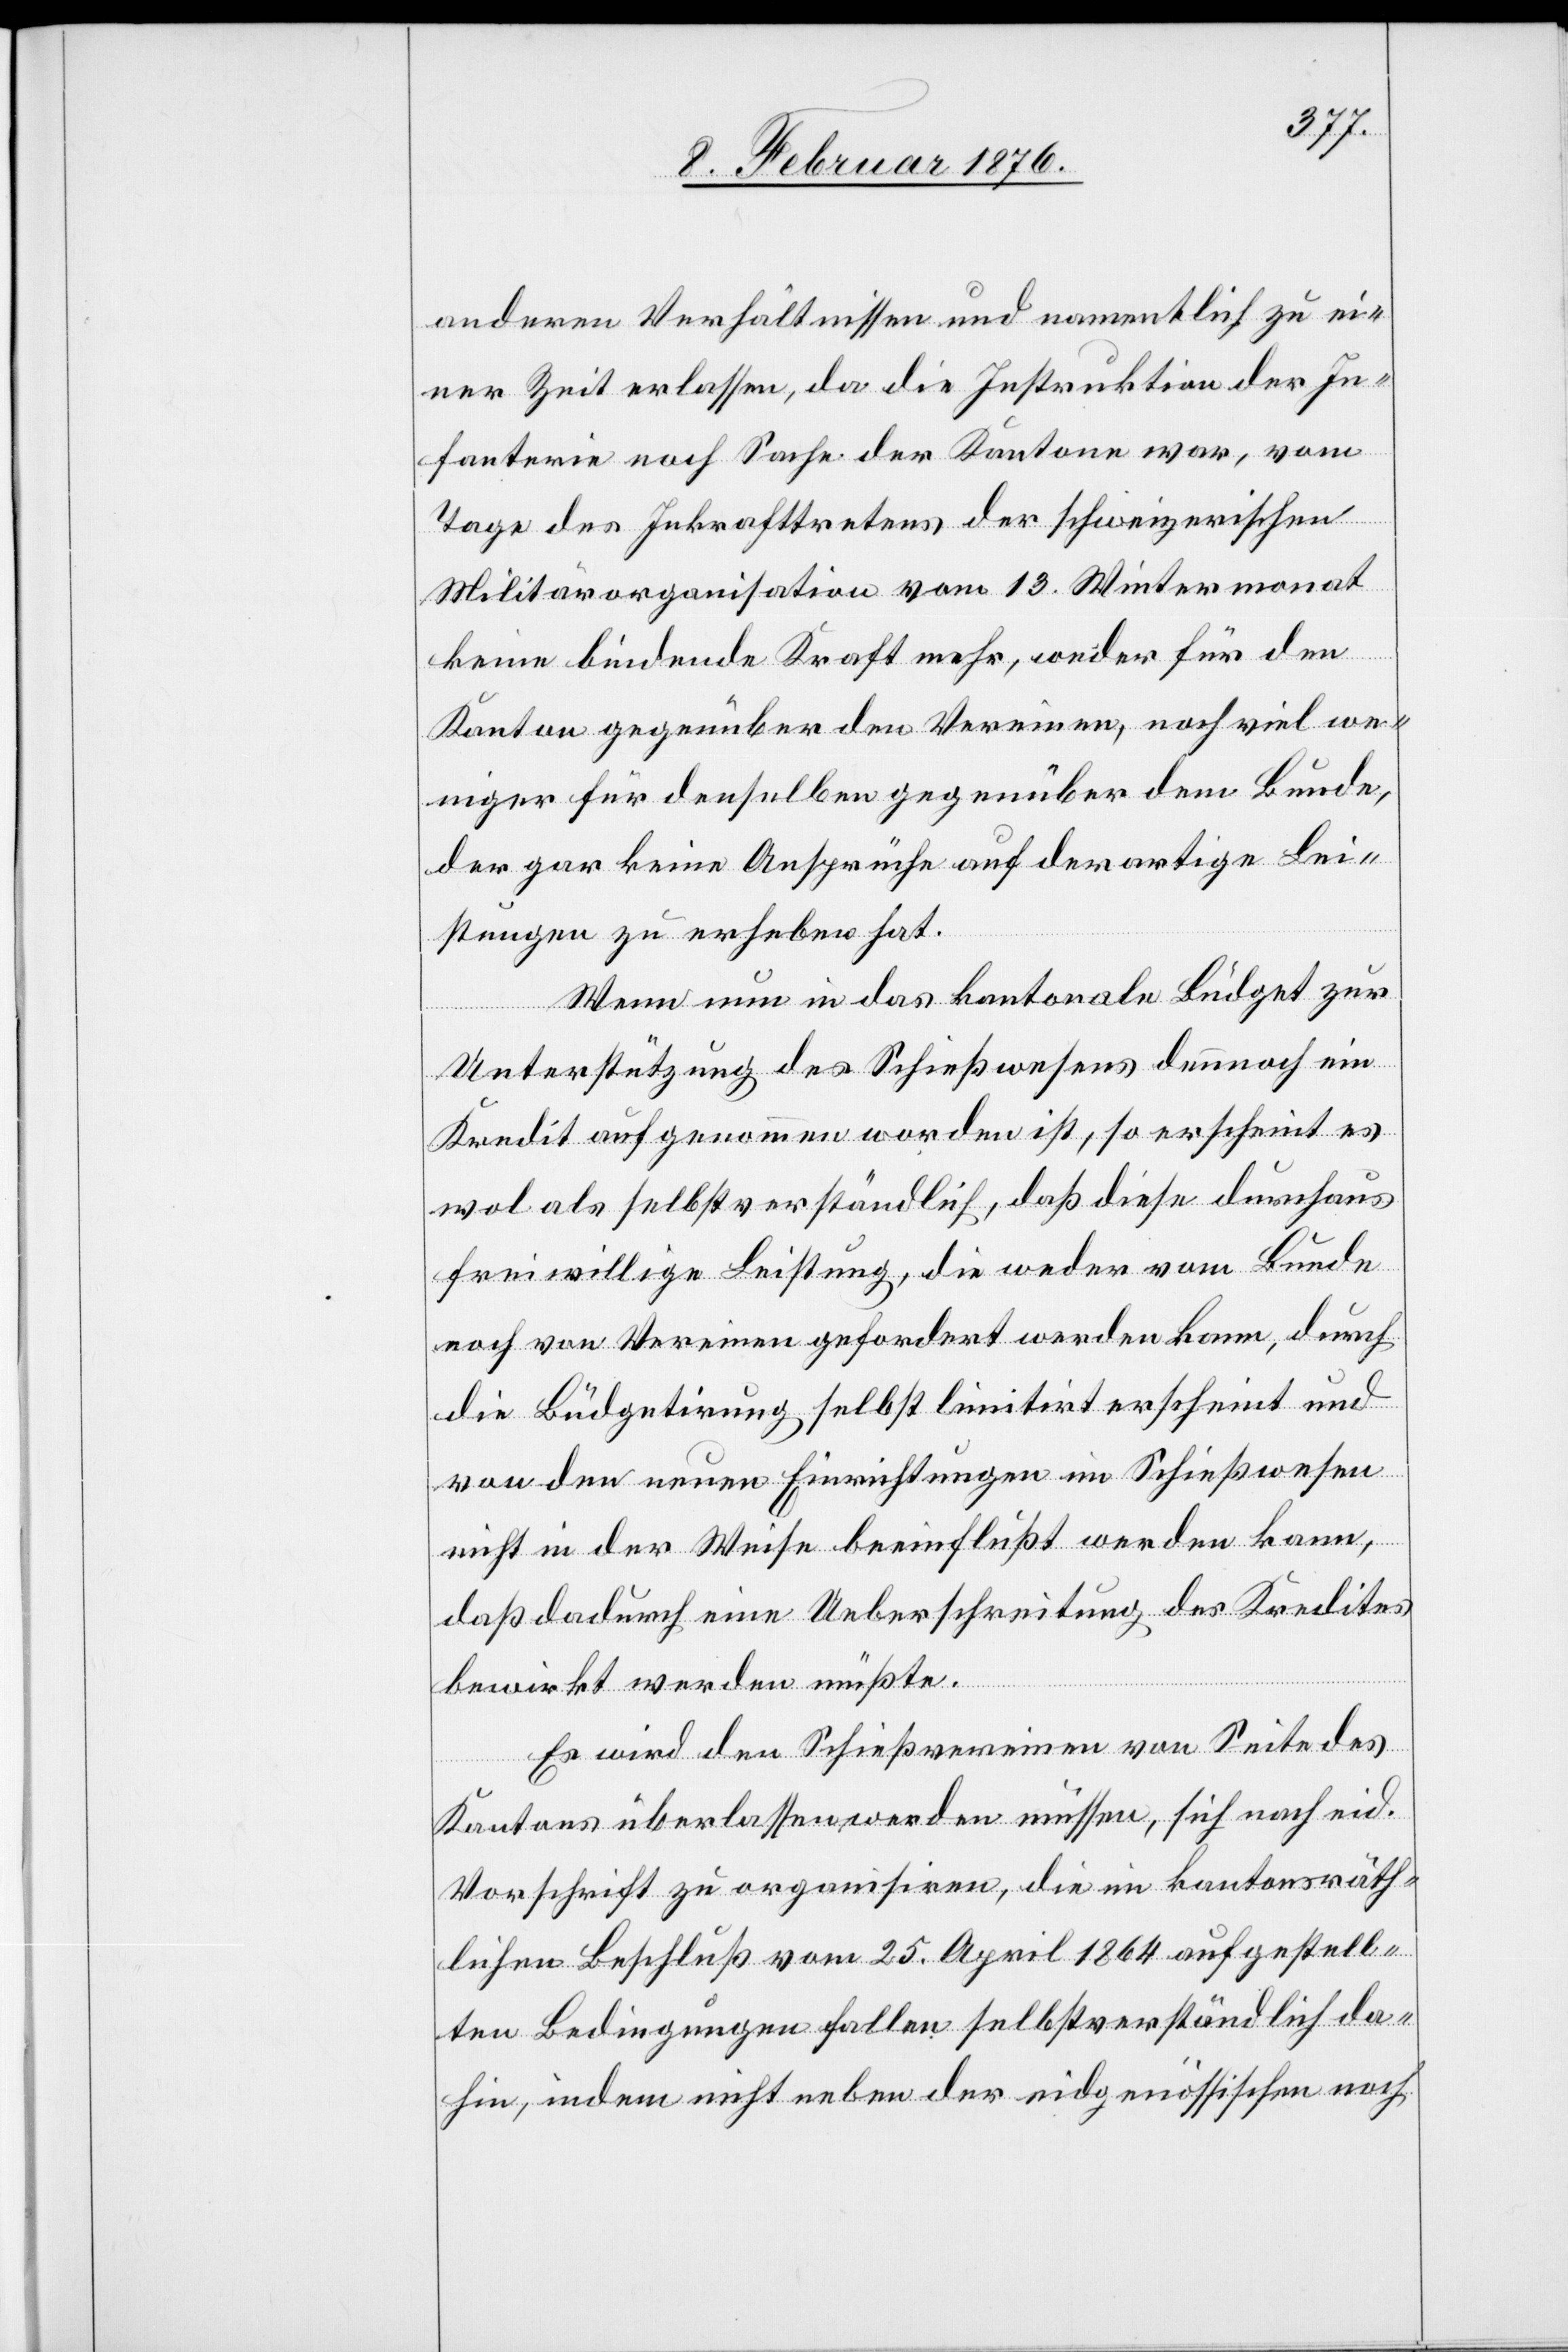
anderen Verhältnissen und namentlich zu ei¬
ner Zeit erlassen, da die Instruktion der In¬
fanterie noch Sache der Kantone war, vom
Tage des Inkrafttretens der schweizerischen
Militärorganisation vom 13. Wintermonat
keine bindende Kraft mehr, weder für den
Kanton gegenüber den Vereinen, noch viel we¬
niger für denselben gegenüber dem Bunde,
der gar keine Ansprüche auf derartige Lei¬
stungen zu erheben hat.
Wenn nun in das kantonale Büdget zur
Unterstützung des Schießwesens dennoch ein
Kredit aufgenommen worden ist, so erscheint es
wol als selbstverständlich, daß diese durchaus
freiwillige Leistung, die weder vom Bunde
noch von Vereinen gefordert werden kann, durch
die Büdgetirung selbst limitirt erscheint und
von den neuen Einrichtungen im Schießwesen
nicht in der Weise beeinflußt werden kann,
daß dadurch eine Ueberschreitung des Kredites
bewirkt werden müßte.
Es wird den Schießvereinen von Seite des
Kantons überlassen werden müssen, sich nach eid.
Vorschrift zu organisiren, die im kantonsräth¬
lichen Beschluß vom 25. April 1864 aufgestell¬
ten Bedingungen fallen selbstverständlich da¬
hin, indem nicht neben der eidgenössischen noch